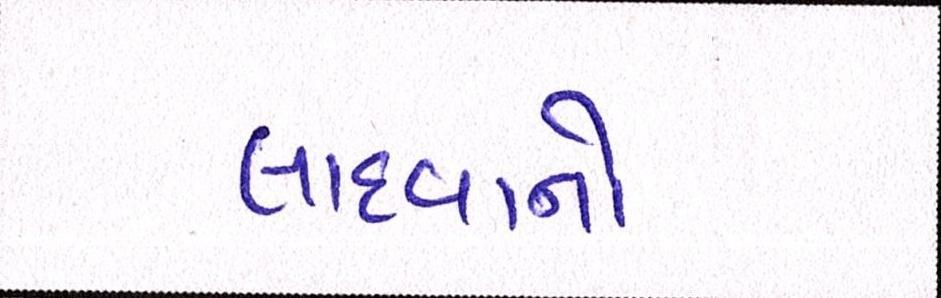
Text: લાદવાનો